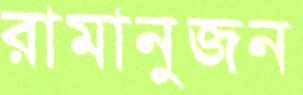
রামানুজন